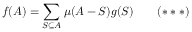
f ( A ) = \sum _ { S \subseteq A } \mu ( A - S ) g ( S ) \qquad ( * * * )